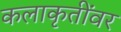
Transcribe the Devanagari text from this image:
कलाकृतींवर